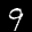
Label: 9